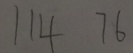
1 1 4 7 6